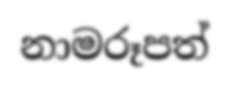
නාමරූපත්